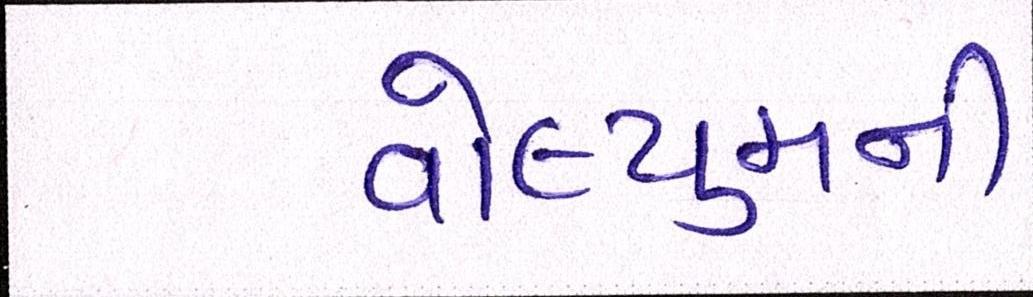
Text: વોલ્યુમની